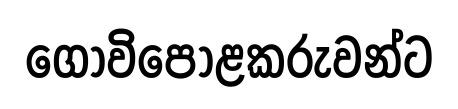
ගොවිපොළකරුවන්ට